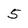
Character: 5